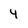
Character: 4